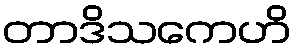
တာဒိသကေဟိ